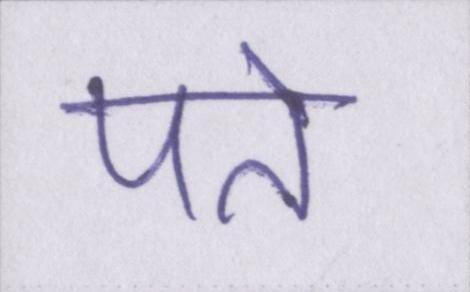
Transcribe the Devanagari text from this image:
पते